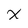
Character: X